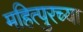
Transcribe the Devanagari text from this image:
महित्पुरच्या